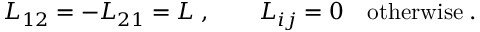
L _ { 1 2 } = - L _ { 2 1 } = L \; , \qquad L _ { i j } = 0 \quad \mathrm { o t h e r w i s e } \; .